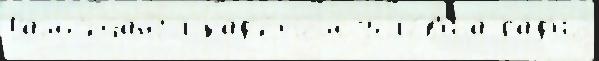
Рамс'ейангл кад'е́том усло́в'иjа ра́д'ио